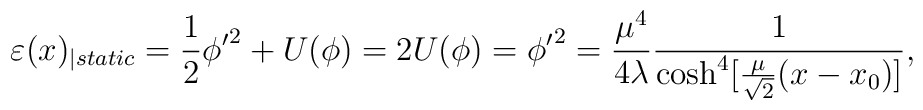
\varepsilon (x)_{\mid static}=\frac{1}{2}\phi {'}^{2}+U(\phi )=2U(\phi )=\phi {'}^{2}=\frac{\mu ^{4}}{4\lambda }\frac{1}{\cosh ^{4}[\frac{\mu }{\sqrt{2}}(x-x_{0})]},